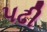
પઢી